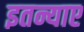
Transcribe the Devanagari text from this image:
इतन्याए